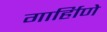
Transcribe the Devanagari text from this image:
गार्हािणे